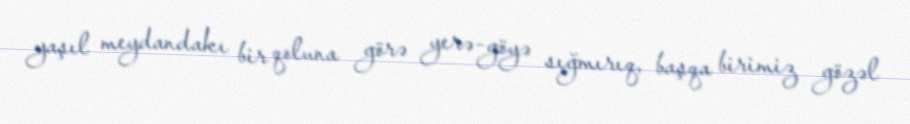
yaşıl meydandakı bir qoluna görə yerə-göyə sığmırıq, başqa birimiz gözəl